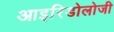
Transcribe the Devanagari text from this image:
आइरिडोलोजी